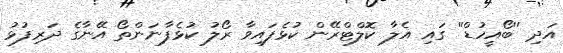
އަދި ''ބޯއީހުޑް'' ގައި އެލާ ކޮލްޓްރޭން ކުޅެފައިވާ ރޯލު ކުޅެފާނަންތޯ އޭނާގެ ދަރިފުޅު